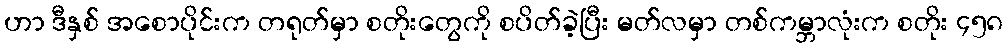
ဟာ ဒီနှစ် အစောပိုင်းက တရုတ်မှာ စတိုးတွေကို စပိတ်ခဲ့ပြီး မတ်လမှာ တစ်ကမ္ဘာလုံးက စတိုး ၄၅၈